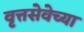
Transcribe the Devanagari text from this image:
वृत्तसेवेच्या